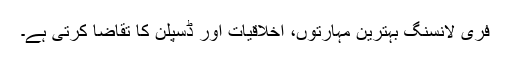
فری لانسنگ بہترین مہارتوں، اخلاقیات اور ڈسپلن کا تقاضا کرتی ہے۔